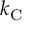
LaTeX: k _ { \mathrm { { C } } }